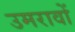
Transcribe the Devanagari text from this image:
उमरावों